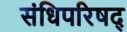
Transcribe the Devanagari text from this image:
संधिपरिषद्